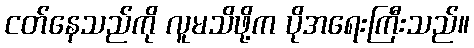
ငတ်နေသည်ကို လူမသိဖို့က ပိုအရေးကြီးသည်။